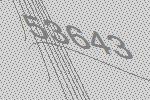
53643